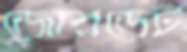
জোরডেট